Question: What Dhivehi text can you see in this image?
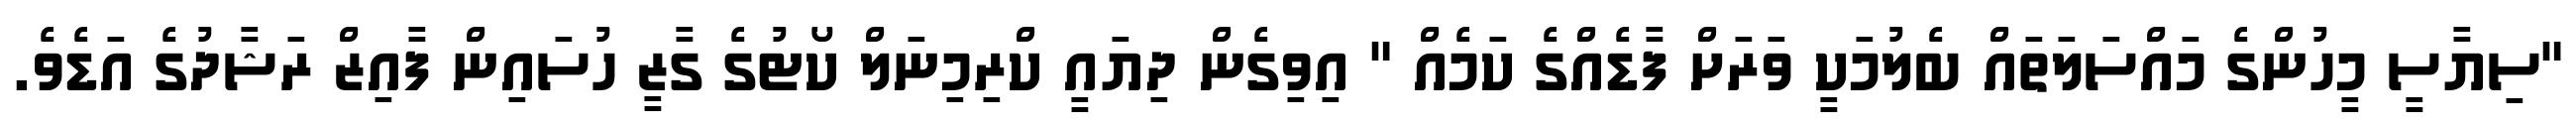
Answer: "ސިޔާސީ މީހުންގެ މައްސަލަތައް ބެލުމަކީ ވަރަށް ފާޑެއްގެ ކަމެއް " އިވިގެން ދިޔައީ ކްރިމިނަލް ކޯޓުގެ ގާޒީ ހުސައިން ފާއިޒް ރަޝާދުގެ އަޑެވެ.